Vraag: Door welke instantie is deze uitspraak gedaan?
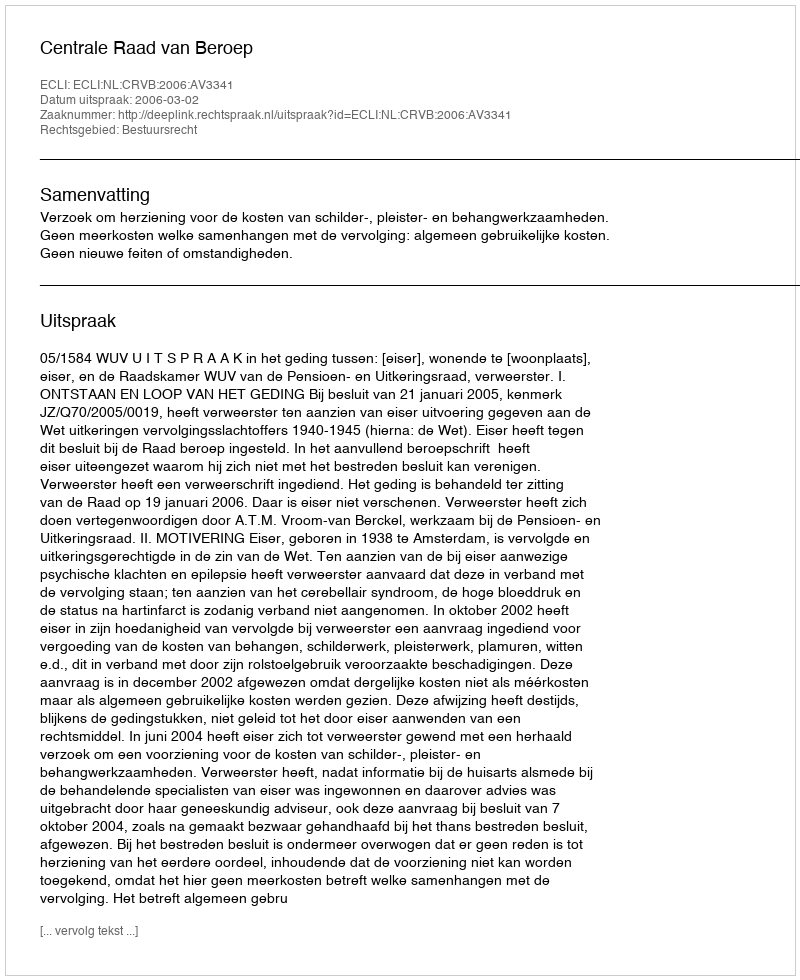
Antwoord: Centrale Raad van Beroep